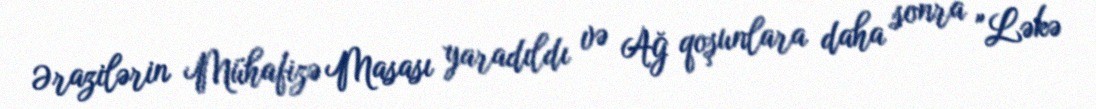
Ərazilərin Mühafizə Masası yaradıldı və Ağ qoşunlara daha sonra "Ləkə